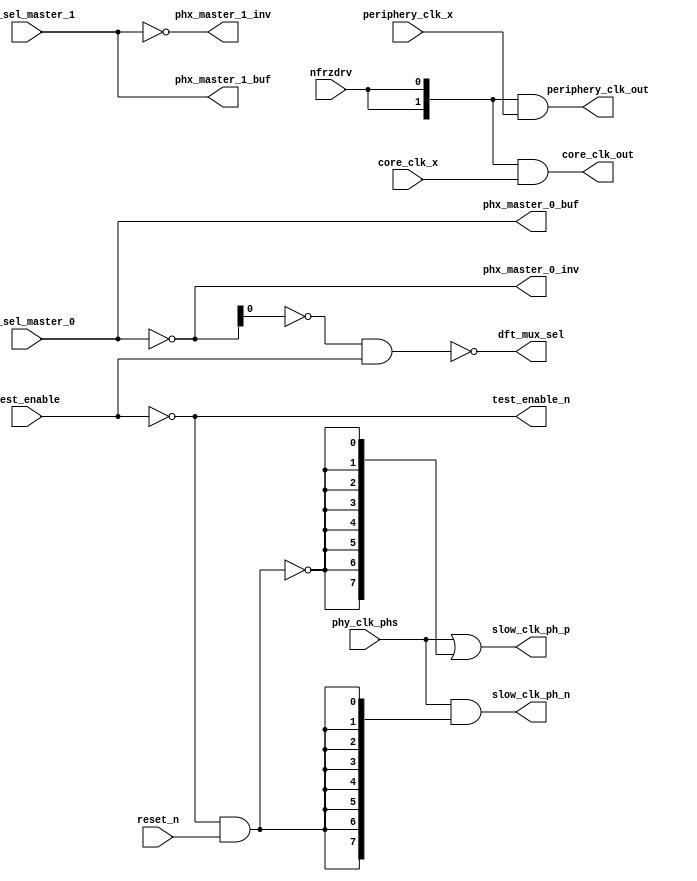
// This program was cloned from: https://github.com/intel/aib-phy-hardware
// License: Apache License 2.0

// SPDX-License-Identifier: Apache-2.0
// Copyright (C) 2019 Intel Corporation. All rights reserved

//-------------------------------------------------------------------------------------------------------------------------------------------------------------------------
// io_pa_phs_buf :   buffer for phy_clk_phs
//-------------------------------------------------------------------------------------------------------------------------------------------------------------------------

module io_pa_phs_buf (
input          reset_n,          	// Active low reset
input          nfrzdrv,          	// Active low reset
input    [7:0] phy_clk_phs,      	// 8 phase 1.6GHz local clock
input          test_enable,      	// Active high test enable    1: avoid tristate on output of interp_mux during testing
input    [2:0] phx_sel_master_0,        // The gray code to control the first of the 8 to 1 phase multiplexer
input    [2:0] phx_sel_master_1,        // The gray code to control the first of the 8 to 1 phase multiplexer
input    [1:0] periphery_clk_x,         // periphery_clk from io_interpolator
input    [1:0] core_clk_x,              // core_clk from io_interpolator
output   [1:0] periphery_clk_out,       // Clock feedback to the periphery
output   [1:0] core_clk_out,            // Clock feedback to the core
output   [2:0] phx_master_0_buf,        // buffered gray code for interp_mux
output   [2:0] phx_master_1_buf,        // buffered gray code for interp_mux
output   [2:0] phx_master_0_inv,        // Inverted gray code for interp_mux
output   [2:0] phx_master_1_inv,        // Inverted gray code for interp_mux
output   [7:0] slow_clk_ph_p,           // buffered 8 phase 1.6GHz local clock
output   [7:0] slow_clk_ph_n,           // buffered 8 phase 1.6GHz local clock
output         test_enable_n,           // active low test enable
output         dft_mux_sel              // mux control during test
);

`ifdef TIMESCALE_EN
                timeunit 1ps;
                timeprecision 1ps;
`endif

parameter  INV_DELAY      = 15;  // 15ps

wire           test_rst_p;              // reset control for io_interp_mux
wire           test_rst_n;              // reset control for io_interp_mux
wire           test_enable_buf;         // active high test enable

assign test_enable_n        	= ~test_enable;
assign test_enable_buf      	= ~test_enable_n;
assign dft_mux_sel          	= ~(~phx_master_0_inv[0] & test_enable_buf);
assign test_rst_n           	= test_enable_n & reset_n;
assign test_rst_p           	= ~test_rst_n;
assign #(3 * INV_DELAY) slow_clk_ph_p[7:0] = phy_clk_phs[7:0] | {8{test_rst_p}};
assign #(3 * INV_DELAY) slow_clk_ph_n[7:0] = phy_clk_phs[7:0] & {8{test_rst_n}};
assign phx_master_0_buf   	= phx_sel_master_0[2:0];
assign phx_master_1_buf   	= phx_sel_master_1[2:0];
assign phx_master_0_inv   	= ~phx_sel_master_0[2:0];
assign phx_master_1_inv   	= ~phx_sel_master_1[2:0];
assign core_clk_out[1:0]        = {2{nfrzdrv}} & core_clk_x[1:0];
assign periphery_clk_out[1:0]   = {2{nfrzdrv}} & periphery_clk_x[1:0];

endmodule